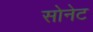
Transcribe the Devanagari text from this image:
सोनेट